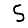
Digit: 5